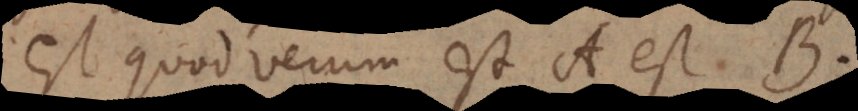
est quod verum est A est B.